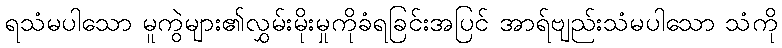
ရသံမပါသော မူကွဲများ၏လွှမ်းမိုးမှုကိုခံရခြင်းအပြင် အာရ်ဗျည်းသံမပါသော သံကို